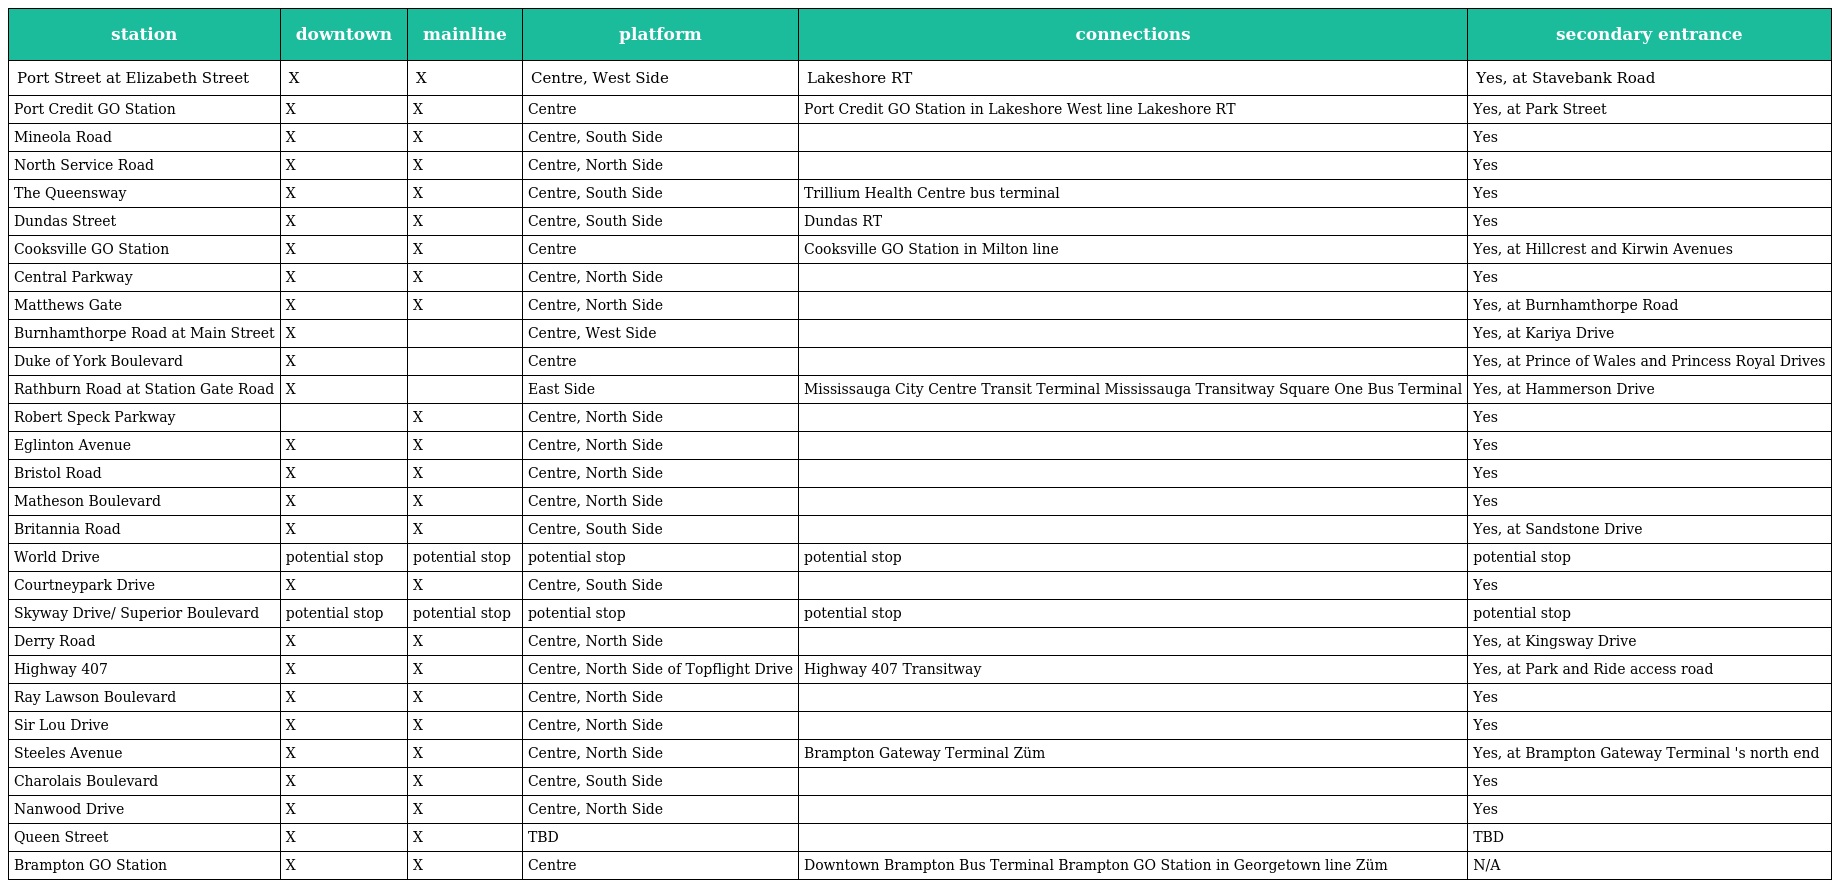
| station | downtown | mainline | platform | connections | secondary entrance |
 | --- | --- | --- | --- | --- | --- |
 | Port Street at Elizabeth Street | X | X | Centre, West Side | Lakeshore RT | Yes, at Stavebank Road |
 | Port Credit GO Station | X | X | Centre | Port Credit GO Station in Lakeshore West line Lakeshore RT | Yes, at Park Street |
 | Mineola Road | X | X | Centre, South Side |  | Yes |
 | North Service Road | X | X | Centre, North Side |  | Yes |
 | The Queensway | X | X | Centre, South Side | Trillium Health Centre bus terminal | Yes |
 | Dundas Street | X | X | Centre, South Side | Dundas RT | Yes |
 | Cooksville GO Station | X | X | Centre | Cooksville GO Station in Milton line | Yes, at Hillcrest and Kirwin Avenues |
 | Central Parkway | X | X | Centre, North Side |  | Yes |
 | Matthews Gate | X | X | Centre, North Side |  | Yes, at Burnhamthorpe Road |
 | Burnhamthorpe Road at Main Street | X |  | Centre, West Side |  | Yes, at Kariya Drive |
 | Duke of York Boulevard | X |  | Centre |  | Yes, at Prince of Wales and Princess Royal Drives |
 | Rathburn Road at Station Gate Road | X |  | East Side | Mississauga City Centre Transit Terminal Mississauga Transitway Square One Bus Terminal | Yes, at Hammerson Drive |
 | Robert Speck Parkway |  | X | Centre, North Side |  | Yes |
 | Eglinton Avenue | X | X | Centre, North Side |  | Yes |
 | Bristol Road | X | X | Centre, North Side |  | Yes |
 | Matheson Boulevard | X | X | Centre, North Side |  | Yes |
 | Britannia Road | X | X | Centre, South Side |  | Yes, at Sandstone Drive |
 | World Drive | potential stop | potential stop | potential stop | potential stop | potential stop |
 | Courtneypark Drive | X | X | Centre, South Side |  | Yes |
 | Skyway Drive/ Superior Boulevard | potential stop | potential stop | potential stop | potential stop | potential stop |
 | Derry Road | X | X | Centre, North Side |  | Yes, at Kingsway Drive |
 | Highway 407 | X | X | Centre, North Side of Topflight Drive | Highway 407 Transitway | Yes, at Park and Ride access road |
 | Ray Lawson Boulevard | X | X | Centre, North Side |  | Yes |
 | Sir Lou Drive | X | X | Centre, North Side |  | Yes |
 | Steeles Avenue | X | X | Centre, North Side | Brampton Gateway Terminal Züm | Yes, at Brampton Gateway Terminal 's north end |
 | Charolais Boulevard | X | X | Centre, South Side |  | Yes |
 | Nanwood Drive | X | X | Centre, North Side |  | Yes |
 | Queen Street | X | X | TBD |  | TBD |
 | Brampton GO Station | X | X | Centre | Downtown Brampton Bus Terminal Brampton GO Station in Georgetown line Züm | N/A |